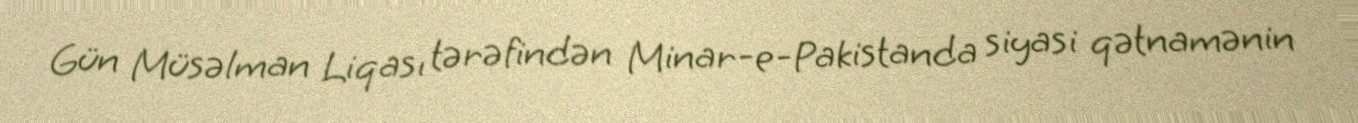
Gün Müsəlman Liqası tərəfindən Minar-e-Pakistanda siyasi qətnamənin